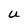
Character: U